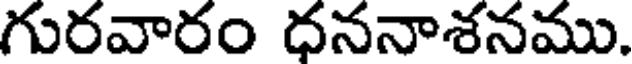
గురవారం ధననాశనము.